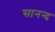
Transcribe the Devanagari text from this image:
सानन्‍द